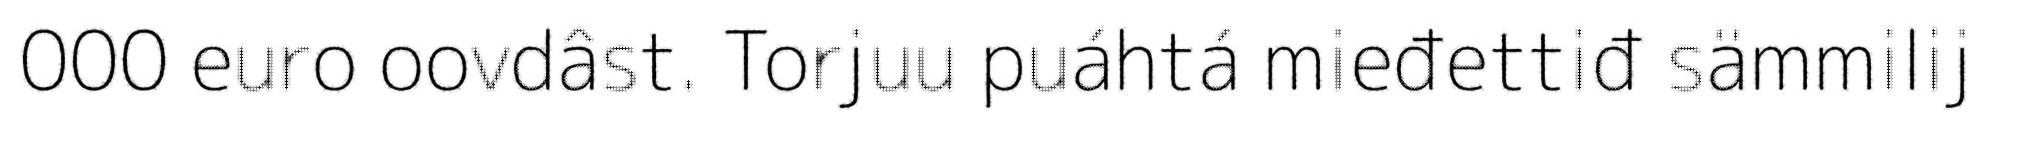
000 euro oovdâst. Torjuu puáhtá mieđettiđ sämmilij